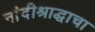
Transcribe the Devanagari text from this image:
नांदीश्राद्धाचा